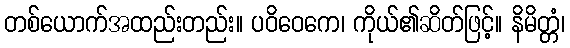
တစ်ယောက်အထည်းတည်း။ ပဝိဝေကေ၊ ကိုယ်၏ဆိတ်ဖြင့်။ နိမိတ္တံ၊